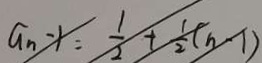
a _ { n } - 1 = \frac { 1 } { 2 } + \frac { 1 } { 2 } ( n - 1 )